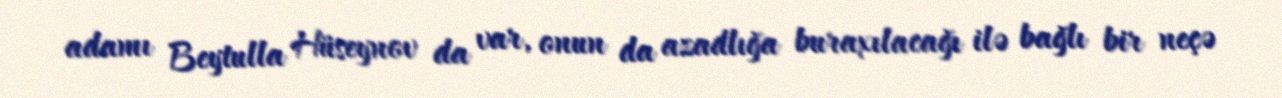
adamı Beytulla Hüseynov da var, onun da azadlığa buraxılacağı ilə bağlı bir neçə